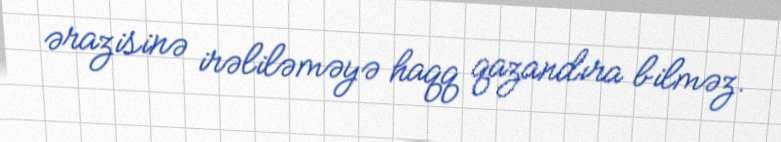
ərazisinə irəliləməyə haqq qazandıra bilməz.